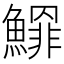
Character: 𩻲